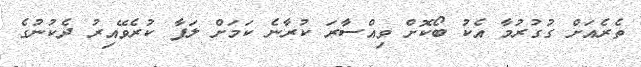
ތެރެއަށް ގުގުރުމާ އެކު ބޯކޮށް ވިއްސާރަ ކުރާނެ ކަމަށް ލަފާ ކުރެވޭއިރު ދެކުނުގެ